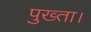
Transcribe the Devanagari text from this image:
पुख्ता।